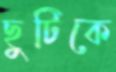
ছুটিকে